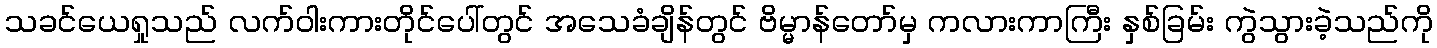
သခင်ယေရှုသည် လက်ဝါးကားတိုင်ပေါ်တွင် အသေခံချိန်တွင် ဗိမ္မာန်တော်မှ ကလားကာကြီး နှစ်ခြမ်း ကွဲသွားခဲ့သည်ကို